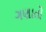
ગણાતો